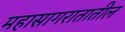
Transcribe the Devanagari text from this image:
महासागरातातील